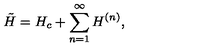
\tilde { H } = H _ { c } + \sum _ { n = 1 } ^ { \infty } H ^ { ( n ) } ,